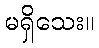
မရှိသေး။